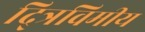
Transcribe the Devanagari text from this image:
द्त्रिविमीय